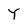
Character: Y